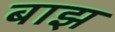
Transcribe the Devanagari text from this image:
बाझ